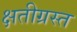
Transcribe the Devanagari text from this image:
क्षतीग्रस्त